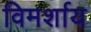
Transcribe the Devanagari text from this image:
विमर्शाय